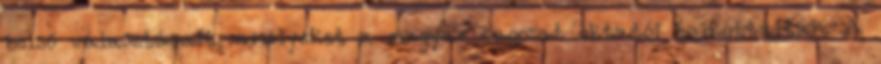
belső választásait, amelyeket a magyar tagozat oktatói bojkottáltak. A